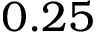
0 . 2 5